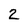
Character: 2